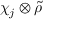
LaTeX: \chi _ { j } \otimes { \tilde { \rho } }